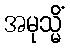
အမုသ္မိံ